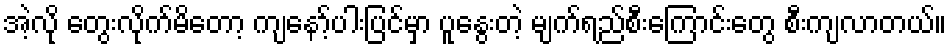
အဲ့လို တွေးလိုက်မိတော့ ကျနော့်ပါးပြင်မှာ ပူနွေးတဲ့ မျက်ရည်စီးကြောင်းတွေ စီးကျလာတယ်။